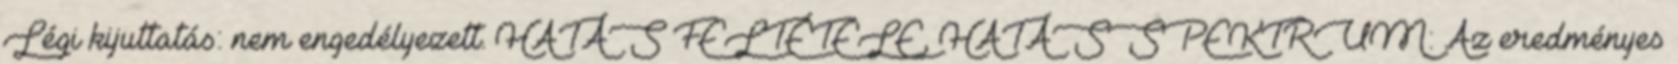
Légi kijuttatás: nem engedélyezett. HATÁS FELTÉTELE, HATÁSSPEKTRUM: Az eredményes